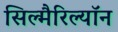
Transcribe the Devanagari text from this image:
सिल्मैरिल्यॉन